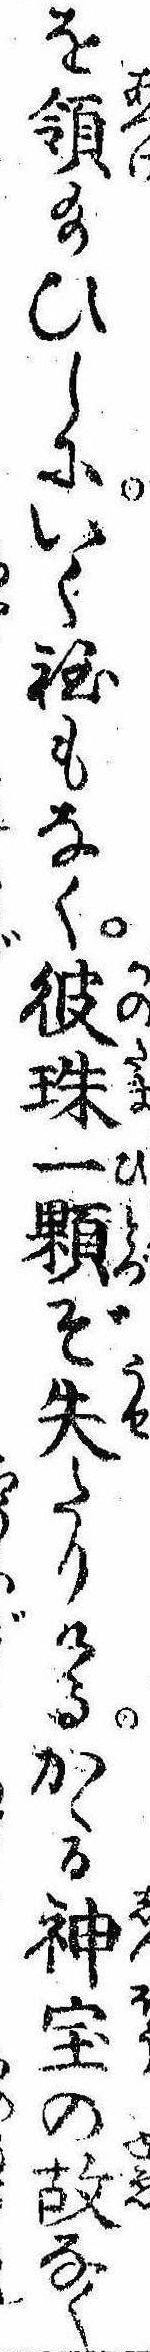
を領給ひしにいく程もなく彼珠一顆ぞ失たりけるかゝる神宝の故なく